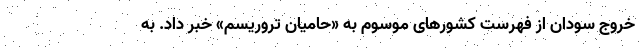
خروج سودان از فهرست کشورهای موسوم به «حامیان تروریسم» خبر داد. به